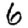
Digit: 6